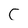
Character: C